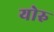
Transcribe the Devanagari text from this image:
योरु